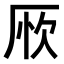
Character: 𠩦